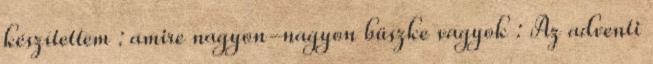
készítettem : amire nagyon-nagyon büszke vagyok : Az adventi